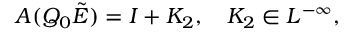
A ( Q _ { 0 } \tilde { E } ) = I + K _ { 2 } , \quad K _ { 2 } \in L ^ { - \infty } ,